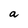
Character: a